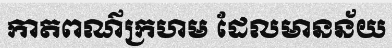
កាតពណ៌ក្រហម ដែលមានន័យ